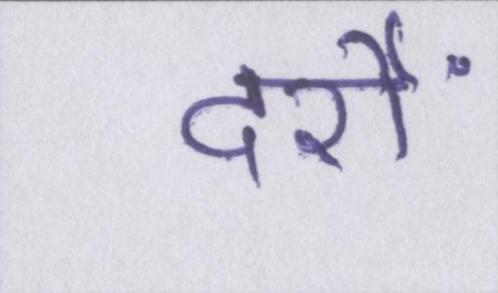
दर्रों